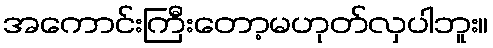
အကောင်းကြီးတော့မဟုတ်လှပါဘူး။